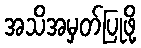
အသိအမှတ်ပြုဖို့